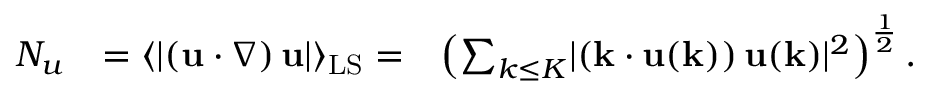
\begin{array} { r l r } { N _ { u } } & { = \langle \lvert \left( \mathbf { u } \cdot \boldsymbol { \nabla } \right) \mathbf { u } \rvert \rangle _ { \mathrm { L S } } = } & { \left( \sum _ { k \leq { K } } \lvert \left( \mathbf { k } \cdot \mathbf { u } ( \mathbf { k } ) \right) \mathbf { u } ( \mathbf { k } ) \rvert ^ { 2 } \right) ^ { \frac { 1 } { 2 } } . } \end{array}